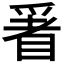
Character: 𱳁